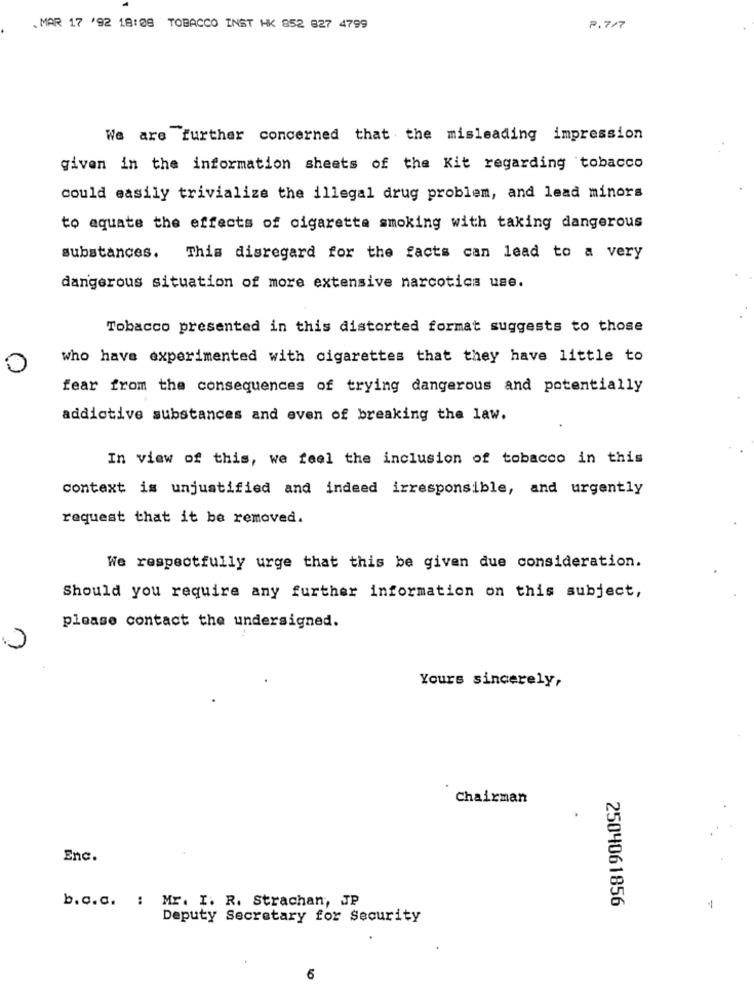
. MAR 17 '92 18:08 TOBACCO INST HK 852 827 4799
P.7/7
We are further concerned that the misleading impression
given in the information sheets of the Kit regarding tobacco
could easily trivialize the illegal drug problem, and lead minors
to aquate the effects of cigarette smoking with taking dangerous
substances.
This disregard for the facts can lead to a very
dangerous situation of more extensive narcotics use.
Tobacco presented in this distorted format suggests to those
who have experimented with cigarettes that they have little to
0
fear from the consequences of trying dangerous and potentially
addictive substances and even of breaking the law.
In view of this, we feel the inclusion of tobacco in this
context is unjustified and indeed irresponsible, and urgently
request that it be removed.
We respectfully urge that this be given due consideration.
Should you require any further information on this subject,
please contact the undersigned.
Yours sincerely,
Chairman
Enc.
b.c.c. : Mr. I. R. Strachan, JP
2504061856
Deputy Secretary for Security
10